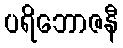
ပရိဘောဇနီ